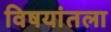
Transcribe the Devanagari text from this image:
विषयांतला